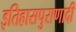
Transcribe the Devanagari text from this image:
इतिहासपुराणादी